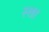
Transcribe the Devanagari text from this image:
स्त्ता